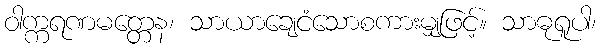
ဝါက္ကရဏမတ္တေန၊ သာယာချေငံသောစကားမျှဖြင့်။ သာဓုရူပါ၊